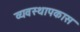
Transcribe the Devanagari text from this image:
व्यवस्थापकास